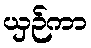
ယှဉ်ကာ